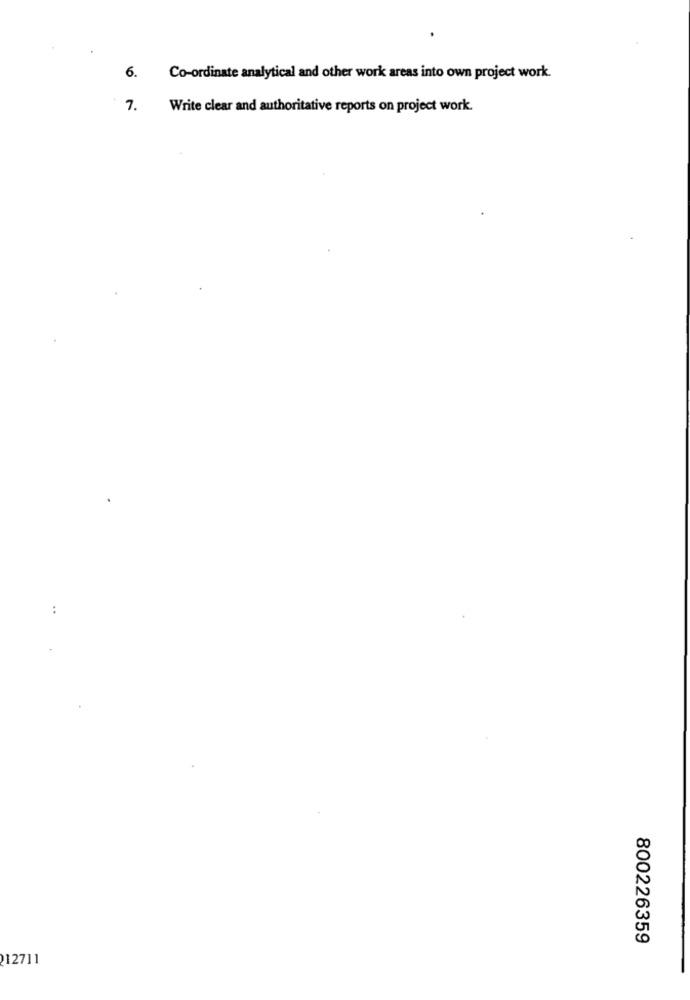
6. Co-ordinate analytical and other work areas into own project work.
7.
Write clear and authoritative reports on project work.
800226359
212711